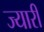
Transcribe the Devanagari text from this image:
ज्यारी